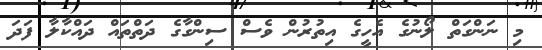
މި ނަންގަތް ލޯނުގެ އެހީގެ އިތުރުން ވެސް ސިންގާގެ ދަތްތައް ދައްކާލާ ފަދަ